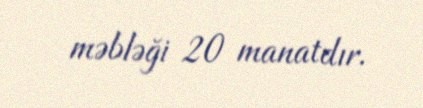
məbləği 20 manatdır.